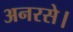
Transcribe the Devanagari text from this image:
अनरसे।